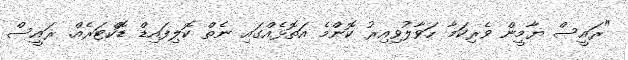
"ރައީސް ޔާމީން ވެރިކަމާ ހަވާލުވިއިރު ކޮންމެ އަތޮޅެއްގައި ނެތް ކޮލިފައިޑް ޑޮކްޓަރެއް. ރައީސް